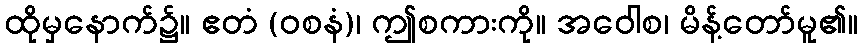
ထိုမှနောက်၌။ ဧတံ (ဝစနံ)၊ ဤစကားကို။ အဝေါစ၊ မိန့်တော်မူ၏။